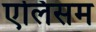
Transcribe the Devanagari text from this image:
एलिसम